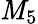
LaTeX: \mathit{M}_{5}